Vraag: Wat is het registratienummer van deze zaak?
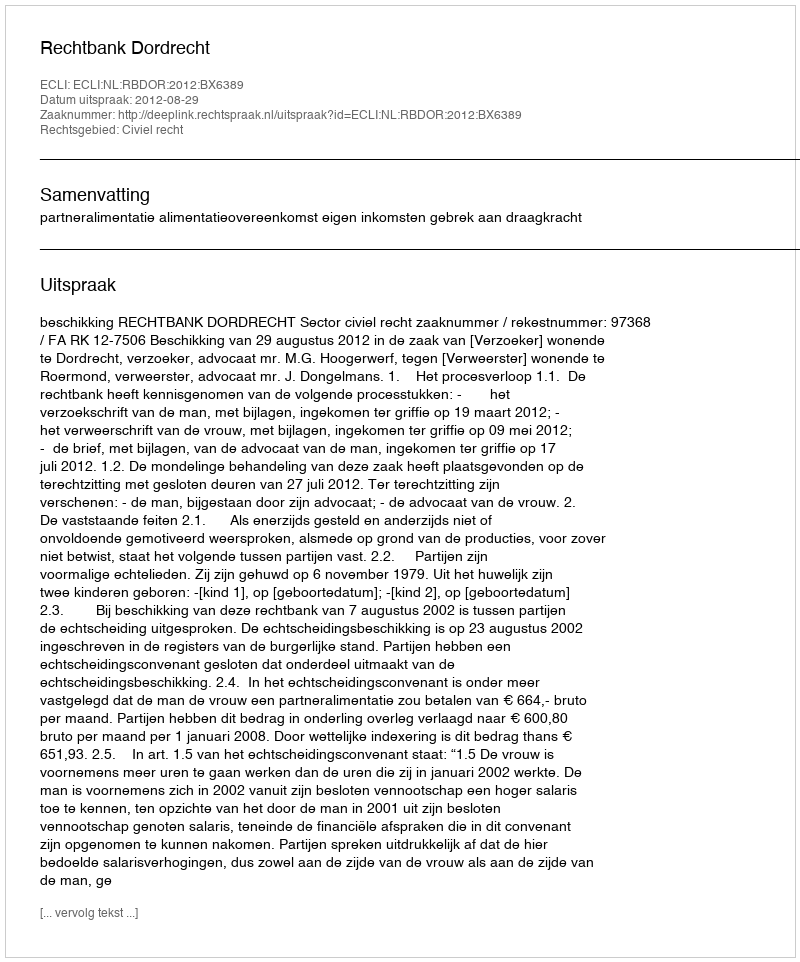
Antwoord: http://deeplink.rechtspraak.nl/uitspraak?id=ECLI:NL:RBDOR:2012:BX6389